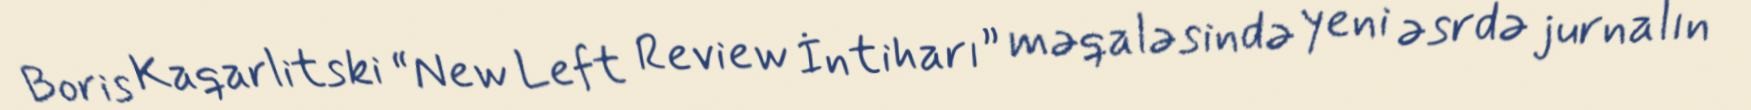
Boris Kaqarlitski “New Left Review İntiharı” məqaləsində yeni əsrdə jurnalın